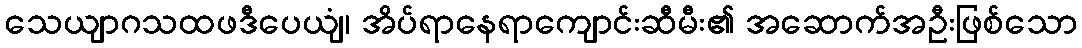
သေယျာဂသထဖဒီပေယျံ၊ အိပ်ရာနေရာကျောင်းဆီမီး၏ အဆောက်အဦးဖြစ်သော